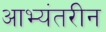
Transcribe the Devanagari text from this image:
आभ्यंतरीन